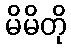
မိမိတို